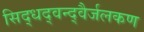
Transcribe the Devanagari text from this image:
सिद्धद्वन्द्वैर्जलकण